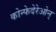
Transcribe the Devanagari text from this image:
कोन्फेदेरेओन्